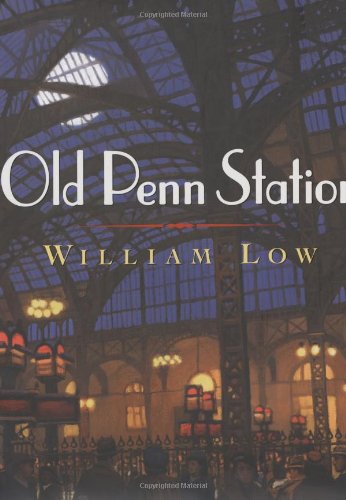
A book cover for Old Penn Station; Inc Cobalt Illustrations Studio; Arts & Photography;